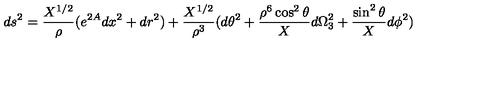
d s ^ { 2 } = { \frac { X ^ { 1 / 2 } } { \rho } } ( e ^ { 2 A } d x ^ { 2 } + d r ^ { 2 } ) + { \frac { X ^ { 1 / 2 } } { \rho ^ { 3 } } } ( d \theta ^ { 2 } + { \frac { \rho ^ { 6 } \cos ^ { 2 } \theta } { X } } d \Omega _ { 3 } ^ { 2 } + { \frac { \sin ^ { 2 } \theta } { X } } d \phi ^ { 2 } )